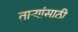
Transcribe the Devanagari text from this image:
ताऱ्यांसाठी